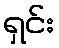
ရှင်း